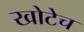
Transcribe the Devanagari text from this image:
खोटेच